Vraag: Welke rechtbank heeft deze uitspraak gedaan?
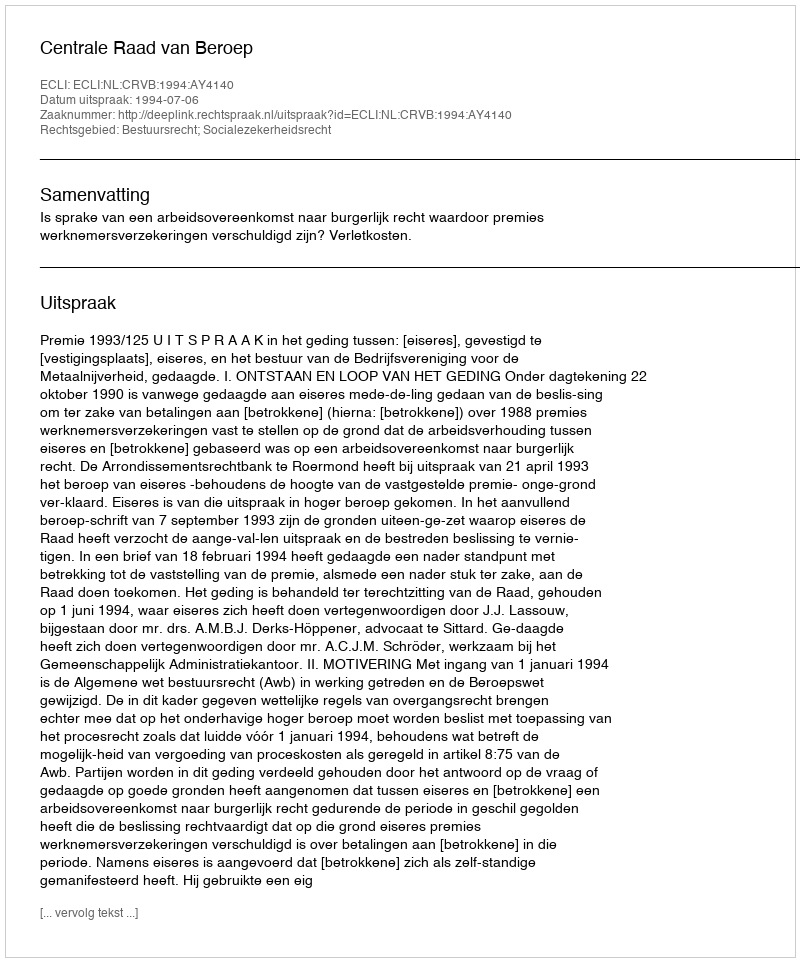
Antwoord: Centrale Raad van Beroep